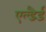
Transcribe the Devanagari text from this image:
एल्डैर्ड